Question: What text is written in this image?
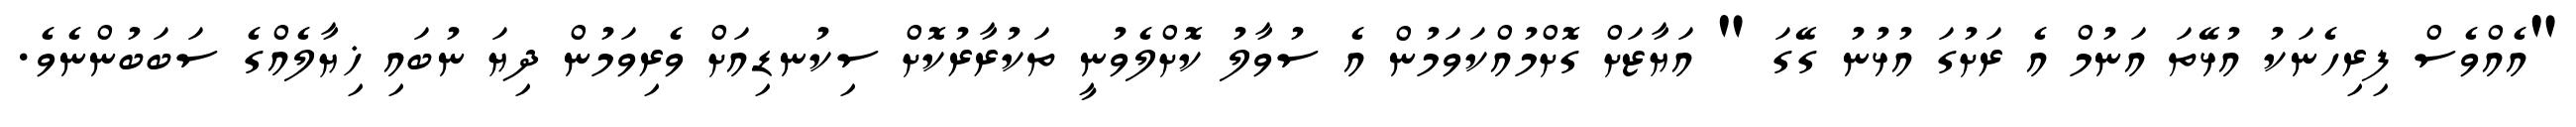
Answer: "އެއްވެސް ފިރިހެނަކު އުޅޭތަ އަނުމް އެ ރަށުގަ އުޅުނު ގޭގަ " އަޔާޒަށް ގޮށްމުއްކަވަމުން އެ ސުވާލު ކޮށްލެވުނީ ތަކުރާރުކޮށް ސިކުނޑިއަށް ވެރިވަމުން ދިޔަ ނުބައި ޚިޔާލެއްގެ ސަބަބުންނެވެ.